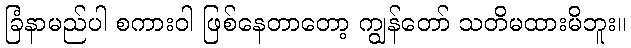
ခြံနာမည်ပါ စကားဝါ ဖြစ်နေတာတော့ ကျွန်တော် သတိမထားမိဘူး။